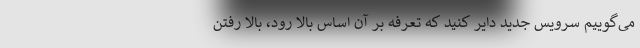
می‌گوییم سرویس جدید دایر کنید که تعرفه بر آن اساس بالا رود، بالا رفتن